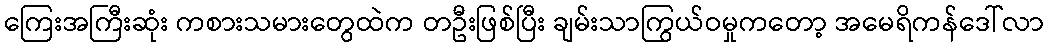
ကြေးအကြီးဆုံး ကစားသမားတွေထဲက တဦးဖြစ်ပြီး ချမ်းသာကြွယ်ဝမှုကတော့ အမေရိကန်ဒေါ်လာ